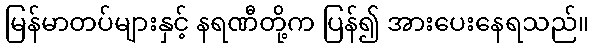
မြန်မာတပ်များနှင့် နရဏီတို့က ပြန်၍ အားပေးနေရသည်။